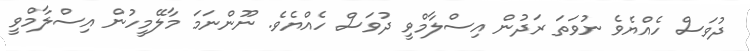
ދުވަސް ހެއްޔެވެ ނުވަތަ ރަދުން އިސްލާމްވީ ދުވަސް ހެއްޔެވެ. ނޫންނަމަ މާލޭމީހުން އިސްލާމްވީ